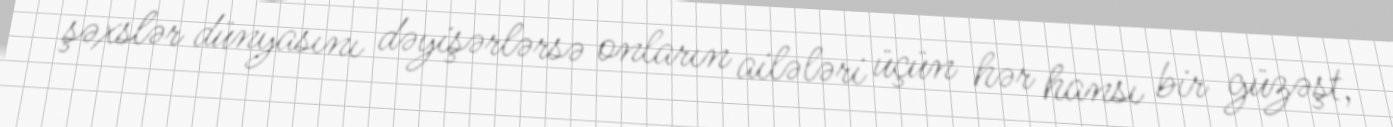
şəxslər dünyasını dəyişərlərsə onların ailələri üçün hər hansı bir güzəşt,